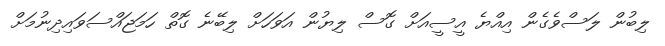
ލިބުން ލަސްވެގެން އިއްޔެ އީސީއަށް ގޮސް ލިޔުން އަވަހަށް ލިބޭނެ ގޮތް ހަމަޖައްސަވައިދިނުމަށް